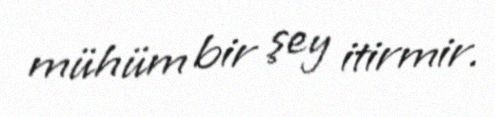
mühüm bir şey itirmir.